Indian journal of veterinary science and animal husbandry - Volumes 15-17, 1948-1951
Year: 1948
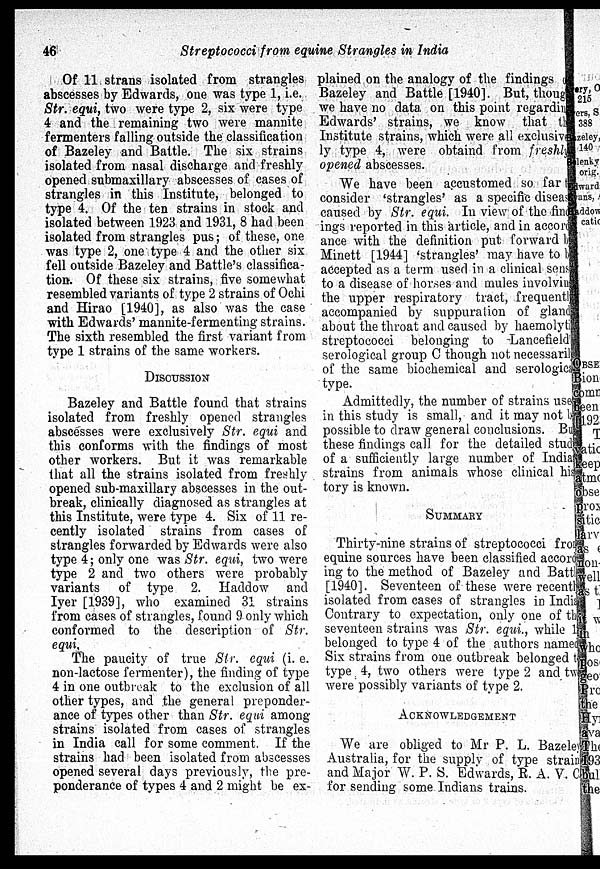
46
Streptococci from equine Strangles in India
Of 11 strans isolated from strangles
abscesses by Edwards, one was type 1, i.e.
Str. equi, two were type 2, six were type
4 and the remaining two were mannite
fermenters falling outside the classification
of Bazeley and Battle. The six strains
isolated from nasal discharge and freshly
opened submaxillary abscesses of cases of
strangles in this Institute, belonged to
type 4. Of the ten strains in stock and
isolated between 1923 and 1931, 8 had been
isolated from strangles pus; of these, one
was type 2, one type 4 and the other six
fell outside Bazeley and Battle's classifica-
tion. Of these six strains, five somewhat
resembled variants of type 2 strains of Ochi
and Hirao [1940], as also was the case
with Edwards' mannite-fermenting strains.
The sixth resembled the first variant from
type 1 strains of the same workers.
DISCUSSION
Bazeley and Battle found that strains
isolated from freshly opened strangles
abscesses were exclusively Str. equi and
this conforms with the findings of most
other workers. But it was remarkable
that all the strains isolated from freshly
opened sub-maxillary abscesses in the out-
break, clinically diagnosed as strangles at
this Institute, were
cently isolated strains from cases of
strangles forwarded by Edwards were also
type 4; only one was Str. equi, two were
type 2 and two others were probably
variants of type 2. Haddow and
Iyer [1939], who examined 31 strains
from cases of strangles, found 9 only which
conformed to the description of Str.
equi.
The paucity of true Str. equi (i. e.
non-lactose fermenter), the finding of type
4 in one outbreak to the exclusion of all
other types, and the general preponder-
ance of types other than Str. equi among
strains isolated from cases of strangles
in India call for some comment. If the
strains had been isolated from abscesses
opened several days previously, the pre-
ponderance of types 4 and 2 might be ex-
plained on the analogy of the findings
Bazeley and Battle [1940]. But, though
we have no data on this point regarding
Edwards' strains, we know that the
Institute strains, which were all exclusive
ly type 4, were obtaind from freshly
opened abscesses.
We have been accustomed so far to
consider 'strangles' as a specific disease
caused by Str. equi. In view of the find
ings reported in this article, and in accord
ance with the definition put forward by
Minett [1944] 'strangles' may have to be
accepted as a term used in a clinical sense
to a disease of horses and mules involving
the upper respiratory tract, frequently
accompanied by suppuration of gland
about the throat and caused by haemolyting
streptococci belonging to Lancefield'
serological group C though not necessarily
of the same biochemical and serological
type.
Admittedly, the number of strains use
in this study is small, and it may not be
possible to draw general conclusions. But
these findings call for the detailed study
of a sufficiently large number of Indian
strains from animals whose clinical his
tory is known.
SUMMARY
Thirty -nine strains of streptococci from
equine sources have been classified accord
ing to the method of Bazeley and Battle
[1940]. Seventeen of these were recently
isolated from cases of strangles in India
Contrary to expectation, only one of the
seventeen strains was Str. equi., while 1
belonged to type 4 of the authors named
Six strains from one outbreak belonged to
type 4, two others were type 2 and two
were possibly variants of type 2.
ACKNOWLEDGEMENT
We are obliged to Mr P. L. Bazeley
Australia, for the supply of type strain
and Major W. P. S. Edwards, R. A. V. C
for sending some Indians trains.